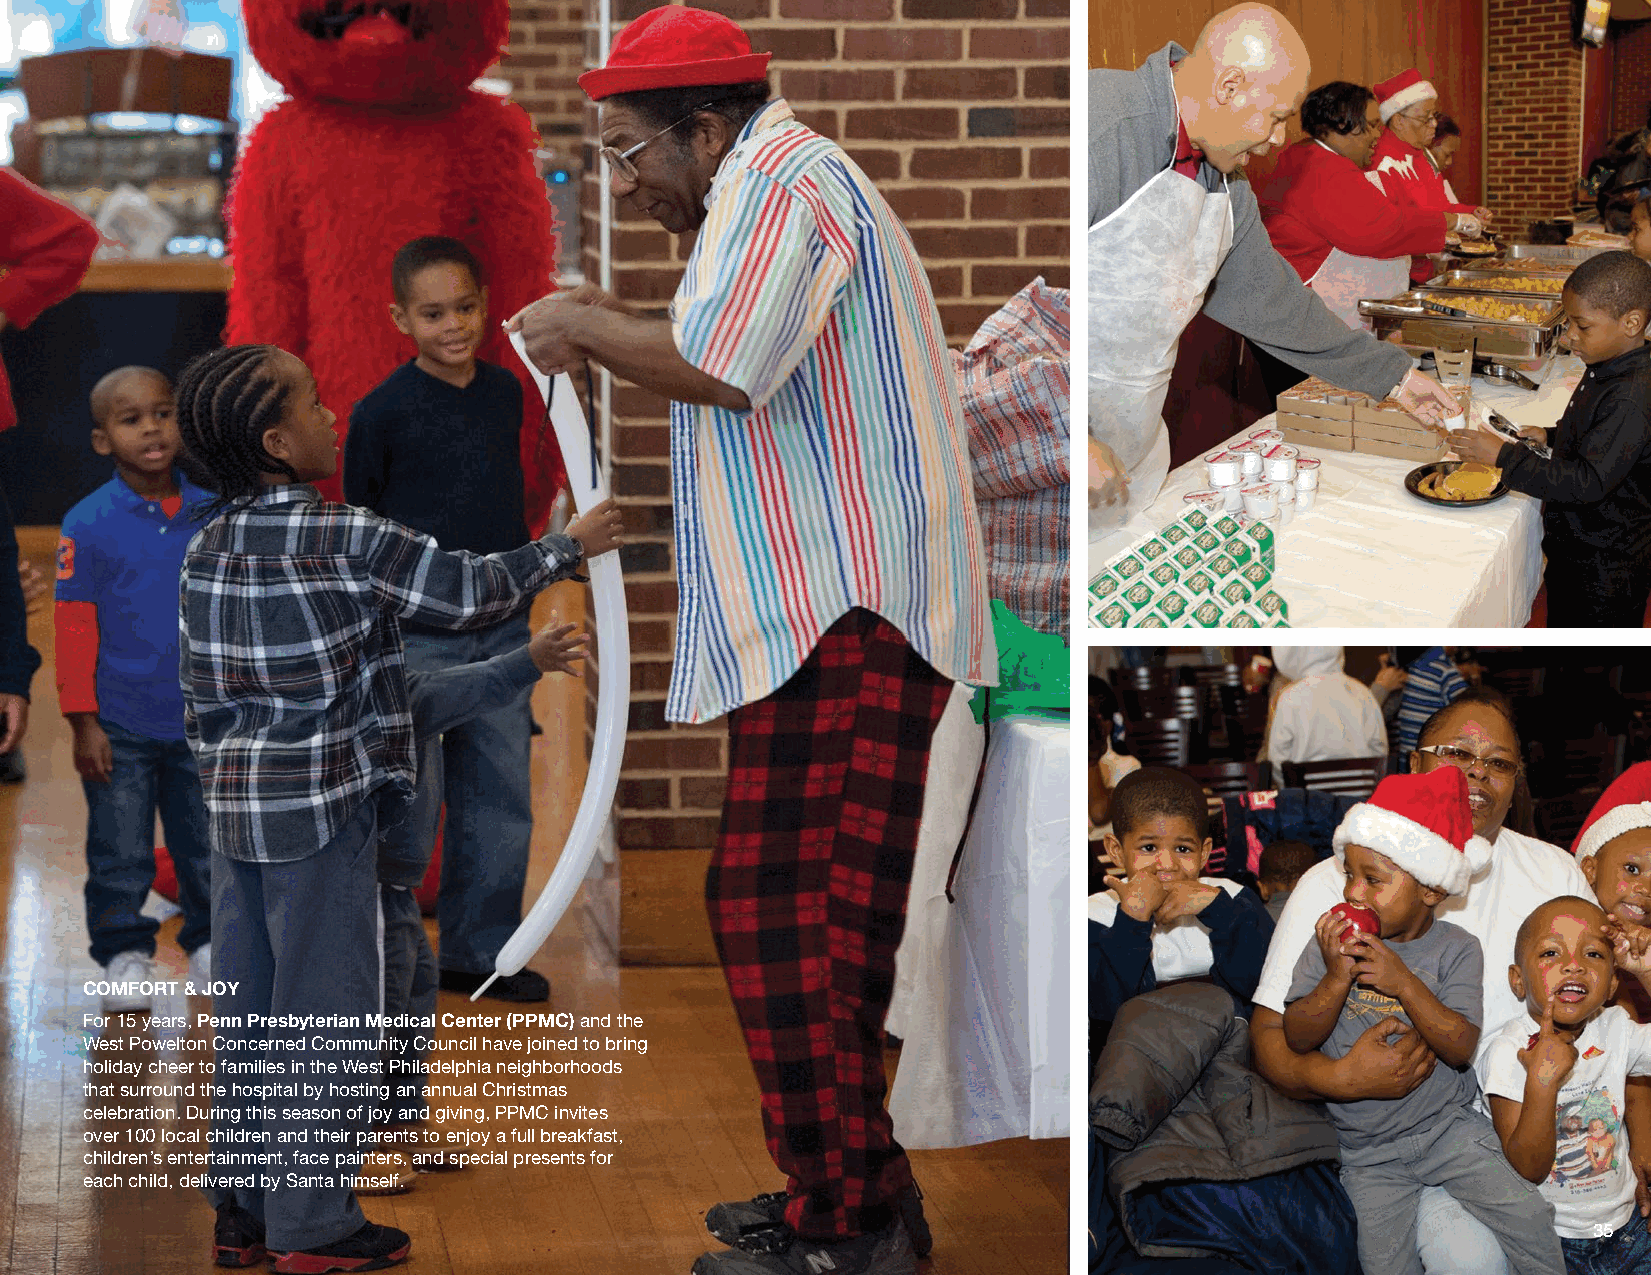
COMFORT & JOY
 For 15 years, Penn Presbyterian Medical Center (PPMC) and the
 West Powelton Concerned Community Council have joined to bring
 holiday cheer to families in the West Philadelphia neighborhoods
 that surround the hospital by hosting an annual Christmas
 celebration. During this season of joy and giving, PPMC invites
 over 100 local children and their parents to enjoy a full breakfast,
 children’s entertainment, face painters, and special presents for
 each child, delivered by Santa himself.
 35